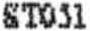
ST051